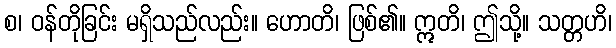
စ၊ ဝန်တိုခြင်း မရှိသည်လည်း။ ဟောတိ၊ ဖြစ်၏။ ဣတိ၊ ဤသို့။ သတ္တဟိ၊